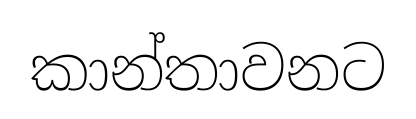
කාන්තාවනට